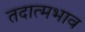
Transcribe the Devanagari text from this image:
तदात्मभाव